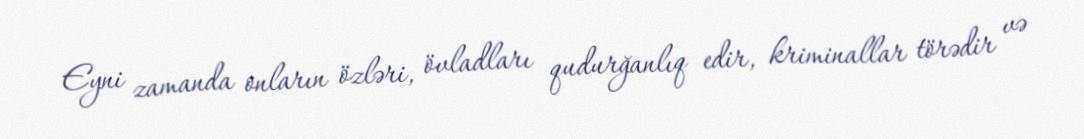
Eyni zamanda onların özləri, övladları qudurğanlıq edir, kriminallar törədir və